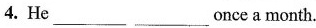
4. He ___ ___ once a month.